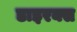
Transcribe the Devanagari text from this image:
डाइरक्स